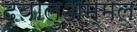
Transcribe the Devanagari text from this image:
दयालुअम्मल